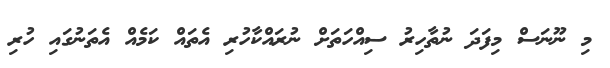
މި ނޫނަސް މިފަދަ ނުތާހިރު ސިއްހަތަށް ނުރައްކާހުރި އެތައް ކަމެއް އެތަނުގައި ހުރި